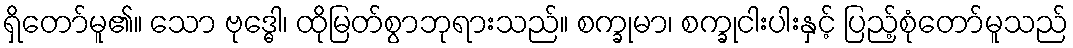
ရှိတော်မူ၏။ သော ဗုဒ္ဓေါ၊ ထိုမြတ်စွာဘုရားသည်။ စက္ခုမာ၊ စက္ခုငါးပါးနှင့် ပြည့်စုံတော်မူသည်